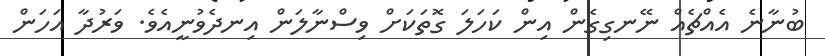
ބުނާނެ އެއްޗެއް ނޭނގިގެން އިން ކަހަލަ ގޮތަކަށް ވިސްނާލަން އިނދެވުނީއެވެ. ވަރުދާ އަހަން